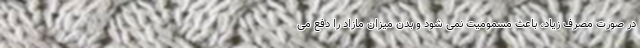
در صورت مصرف زیاد، باعث مسمومیت نمی شود و بدن میزان مازاد را دفع می